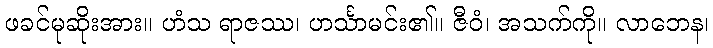
ဖခင်မုဆိုးအား။ ဟံသ ရာဇဿ၊ ဟင်္သာမင်း၏။ ဇီဝံ၊ အသက်ကို။ လာဘေန၊